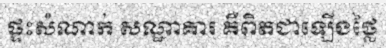
ផ្ទះសំណាក់ សណ្ឋាគារ គឺពិតជាឡើងថ្លៃ